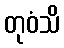
တုဝံသိ